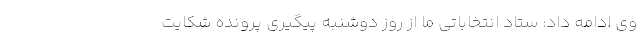
وی ادامه داد: ستاد انتخاباتی ما از روز دوشنبه پیگیری پرونده شکایت